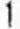
1